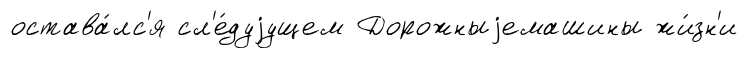
остава́лс'я сл'е́дуjущем Дорожныjемашины жи́зн'и